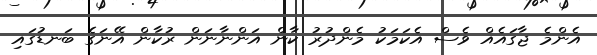
އެންމެ ޖާގައެއް ވެސް އެކަމަކު މެންދުރު ކާން އަންނާނަން ރުކާން އޭނަގެ ބަނޑުގައި